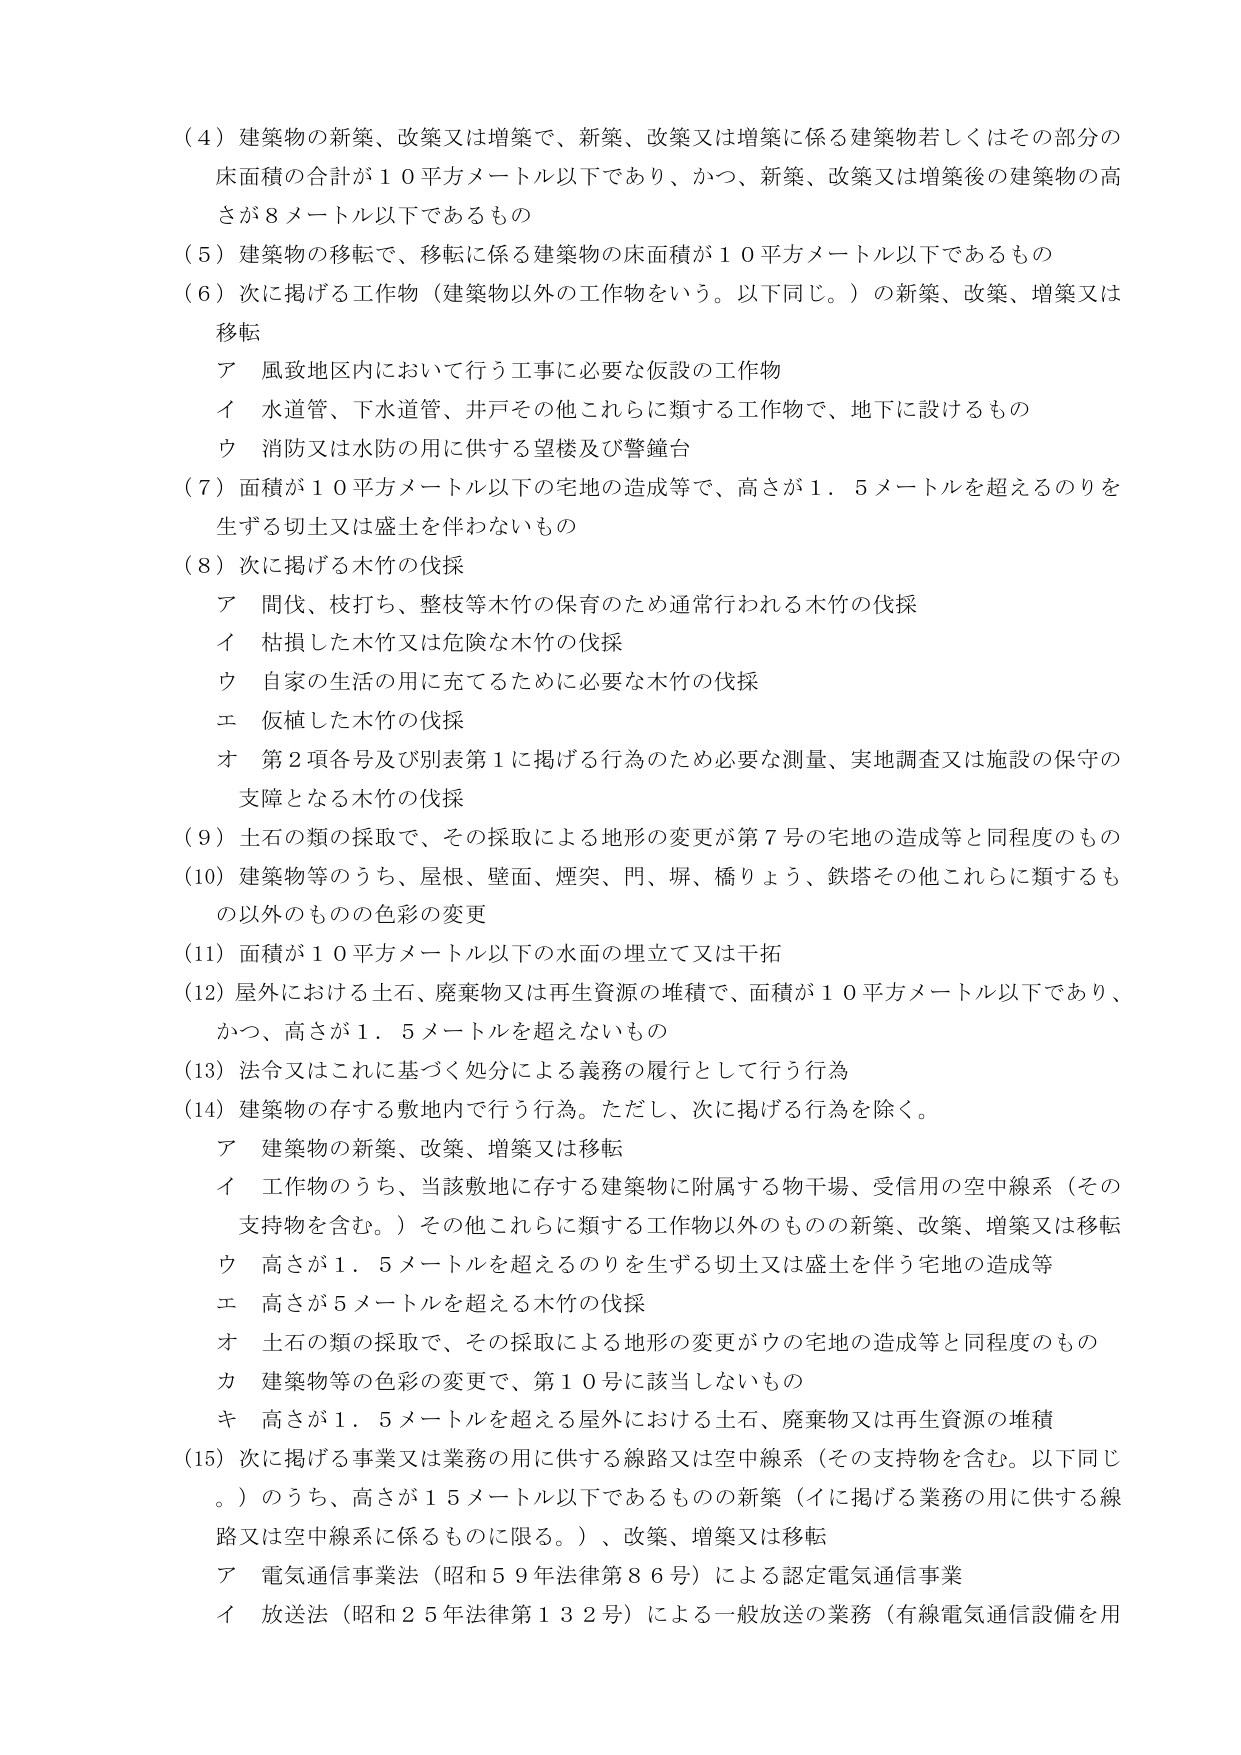
（４）建築物の新築、改築又は増築で、新築、改築又は増築に係る建築物若しくはその部分の床面積の合計が１０平方メートル以下であり、かつ、新築、改築又は増築後の建築物の高さが８メートル以下であるもの

（５）建築物の移転で、移転に係る建築物の床面積が１０平方メートル以下であるもの

（６）次に掲げる工作物（建築物以外の工作物をいう。以下同じ。）の新築、改築、増築又は移転
　ア　風致地区内において行う工事に必要な仮設の工作物
　イ　水道管、下水道管、井戸その他これらに類する工作物で、地下に設けるもの
　ウ　消防又は水防の用に供する望楼及び警鐘台

（７）面積が１０平方メートル以下の宅地の造成等で、高さが１．５メートルを超えるのりを生ずる切土又は盛土を伴わないもの

（８）次に掲げる木竹の伐採
　ア　間伐、枝打ち、整枝等木竹の保育のため通常行われる木竹の伐採
　イ　枯損した木竹又は危険な木竹の伐採
　ウ　自家の生活の用に充てるために必要な木竹の伐採
　エ　仮植した木竹の伐採
　オ　第２項各号及び別表第１に掲げる行為のため必要な測量、実地調査又は施設の保守の支障となる木竹の伐採

（９）土石の類の採取で、その採取による地形の変更が第７号の宅地の造成等と同程度のもの

（10）建築物等のうち、屋根、壁面、煙突、門、塀、橋りょう、鉄塔その他これらに類するもの以外のものの色彩の変更

（11）面積が１０平方メートル以下の水面の埋立て又は干拓

（12）屋外における土石、廃棄物又は再生資源の堆積で、面積が１０平方メートル以下であり、かつ、高さが１．５メートルを超えないもの

（13）法令又はこれに基づく処分による義務の履行として行う行為

（14）建築物の存する敷地内で行う行為。ただし、次に掲げる行為を除く。
　ア　建築物の新築、改築、増築又は移転
　イ　工作物のうち、当該敷地に存する建築物に附属する物干場、受信用の空中線系（その支持物を含む。）その他これらに類する工作物以外のものの新築、改築、増築又は移転
　ウ　高さが１．５メートルを超えるのりを生ずる切土又は盛土を伴う宅地の造成等
　エ　高さが５メートルを超える木竹の伐採
　オ　土石の類の採取で、その採取による地形の変更がウの宅地の造成等と同程度のもの
　カ　建築物等の色彩の変更で、第１０号に該当しないもの
　キ　高さが１．５メートルを超える屋外における土石、廃棄物又は再生資源の堆積

（15）次に掲げる事業又は業務の用に供する線路又は空中線系（その支持物を含む。以下同じ。）のうち、高さが１５メートル以下であるものの新築（イに掲げる業務の用に供する線路又は空中線系に係るものに限る。）、改築、増築又は移転
　ア　電気通信事業法（昭和５９年法律第８６号）による認定電気通信事業
　イ　放送法（昭和２５年法律第１３２号）による一般放送の業務（有線電気通信設備を用